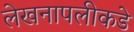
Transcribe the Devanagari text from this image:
लेखनापलीकडे